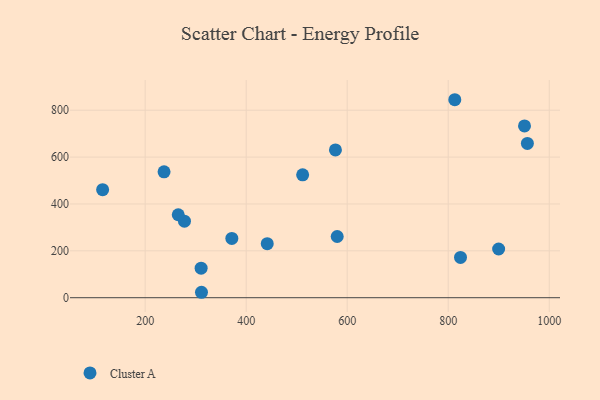
{"axis": {"x": "Ad Spend", "y": "Rating"}, "legend": ["Cluster A"], "data": [{"x": "277.8", "y": 326.5, "type": "Cluster A"}, {"x": "371.6", "y": 253.0, "type": "Cluster A"}, {"x": "511.8", "y": 524.5, "type": "Cluster A"}, {"x": "951.0", "y": 733.2, "type": "Cluster A"}, {"x": "824.3", "y": 171.7, "type": "Cluster A"}, {"x": "237.4", "y": 537.0, "type": "Cluster A"}, {"x": "956.7", "y": 658.4, "type": "Cluster A"}, {"x": "115.8", "y": 461.1, "type": "Cluster A"}, {"x": "580.2", "y": 261.1, "type": "Cluster A"}, {"x": "576.7", "y": 630.7, "type": "Cluster A"}, {"x": "265.5", "y": 354.1, "type": "Cluster A"}, {"x": "441.7", "y": 230.5, "type": "Cluster A"}, {"x": "899.8", "y": 207.8, "type": "Cluster A"}, {"x": "311.5", "y": 23.2, "type": "Cluster A"}, {"x": "813.0", "y": 844.8, "type": "Cluster A"}, {"x": "310.8", "y": 125.9, "type": "Cluster A"}]}